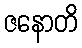
ဇနောတိ